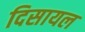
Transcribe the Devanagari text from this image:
दिसायल